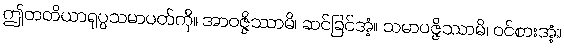
ဤတတိယာရုပ္ပသမာပတ်ကို။ အာဝဇ္ဇိဿာမိ၊ ဆင်ခြင်အံ့။ သမာပဇ္ဇိဿာမိ၊ ဝင်စားအံ့။